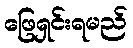
ဖြေရှင်းရမည်